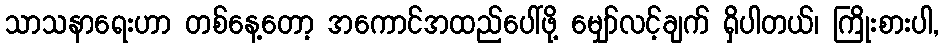
သာသနာရေးဟာ တစ်နေ့တော့ အကောင်အထည်ပေါ်ဖို့ မျှော်လင့်ချက် ရှိပါတယ်၊ ကြိုးစားပါ,